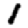
Digit: 1